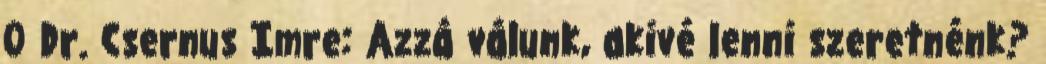
0 Dr. Csernus Imre: Azzá válunk, akivé lenni szeretnénk?